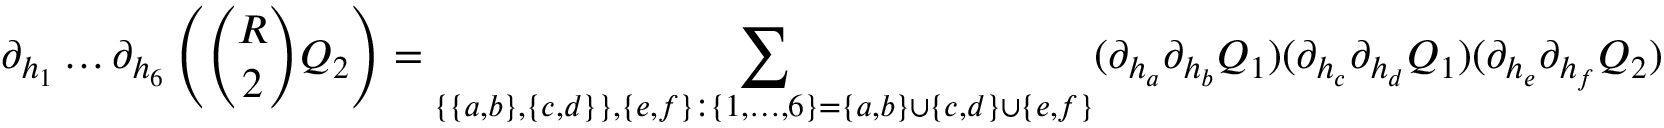
\partial _ { h _ { 1 } } \dots \partial _ { h _ { 6 } } \left( \binom { R } { 2 } Q _ { 2 } \right) = \sum _ { \{ \{ a , b \} , \{ c , d \} \} , \{ e , f \} : \{ 1 , \dots , 6 \} = \{ a , b \} \cup \{ c , d \} \cup \{ e , f \} } ( \partial _ { h _ { a } } \partial _ { h _ { b } } Q _ { 1 } ) ( \partial _ { h _ { c } } \partial _ { h _ { d } } Q _ { 1 } ) ( \partial _ { h _ { e } } \partial _ { h _ { f } } Q _ { 2 } )